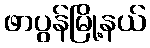
ဖာပွန်မြို့နယ်